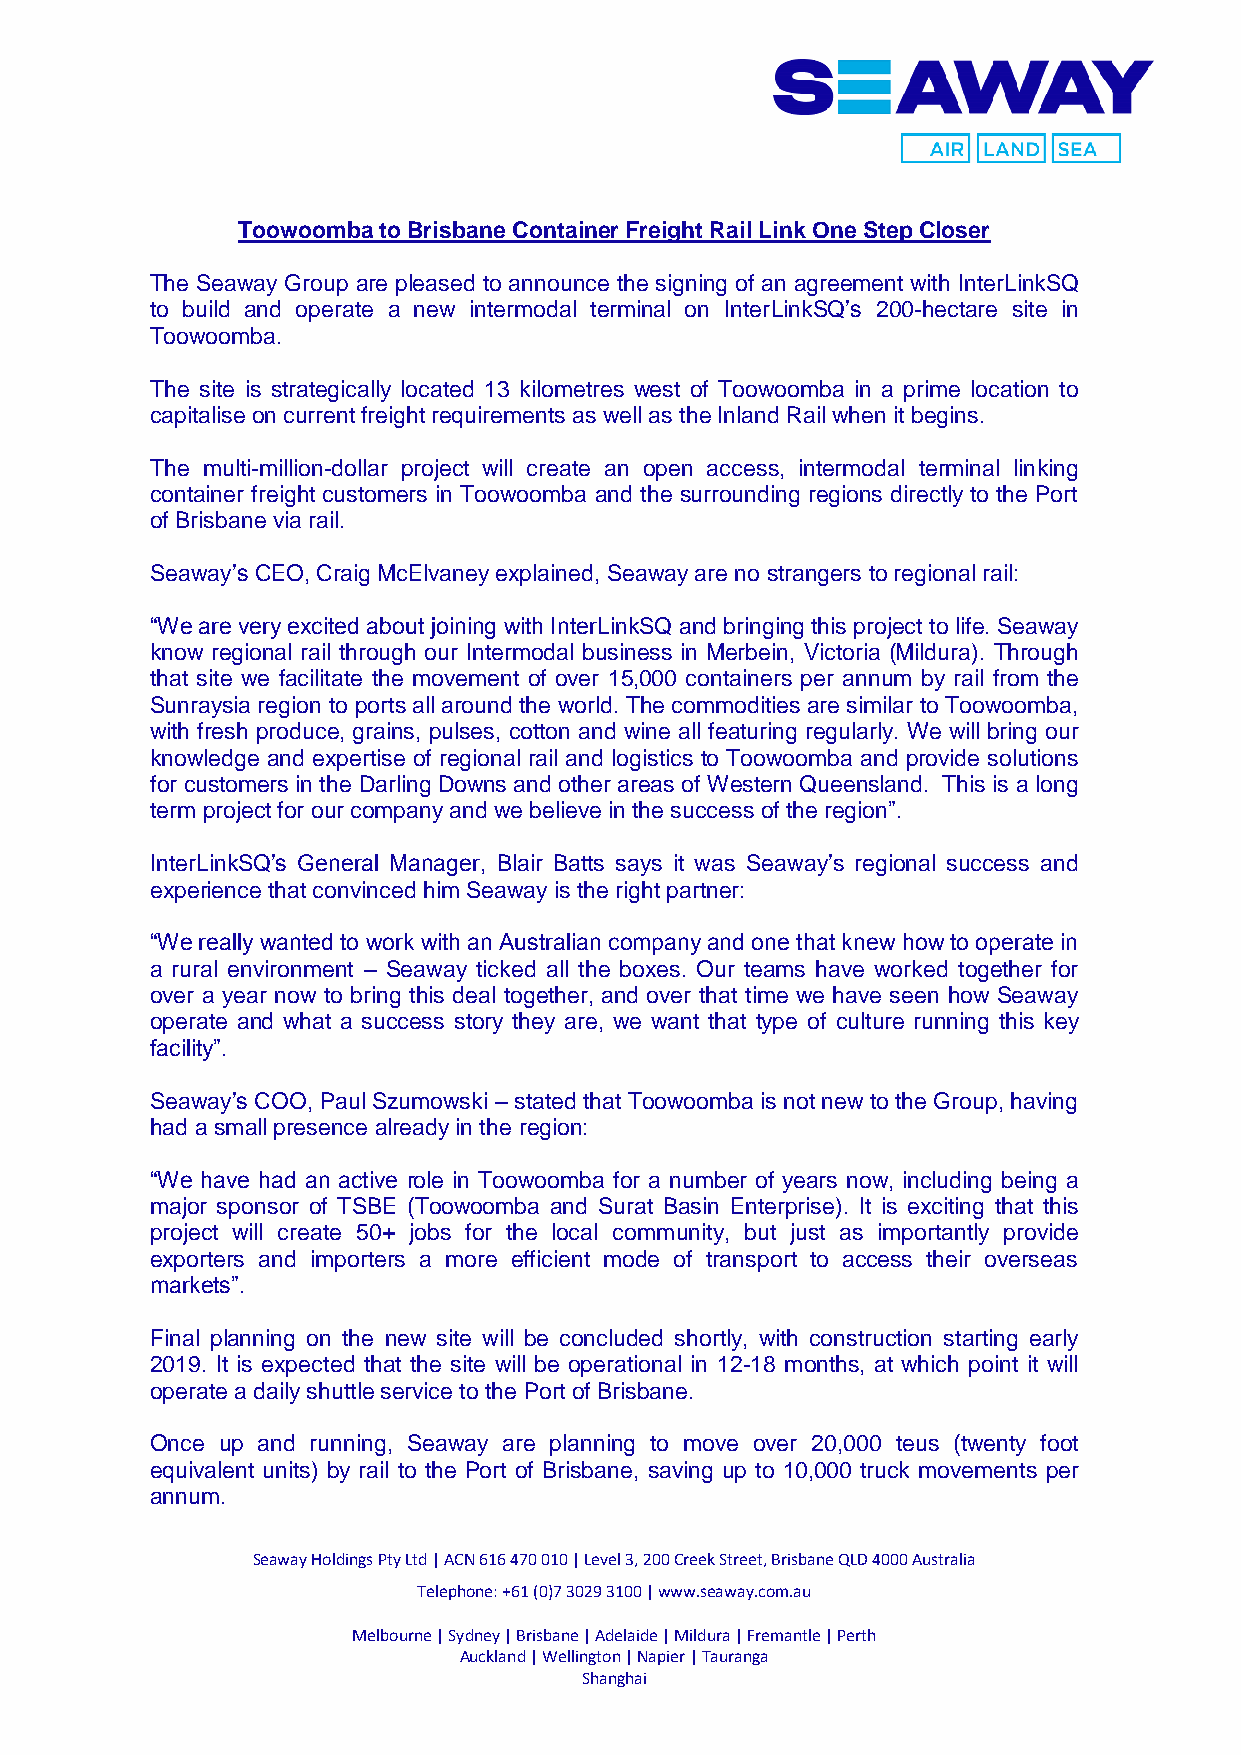
Toowoomba to Brisbane Container Freight Rail Link One Step Closer
 The Seaway Group are pleased to announce the signing of an agreement with InterLinkSQ
 to build and operate a new intermodal terminal on InterLinkSQ’s 200-hectare site in
 Toowoomba.
 The site is strategically located 13 kilometres west of Toowoomba in a prime location to
 capitalise on current freight requirements as well as the Inland Rail when it begins.
 The multi-million-dollar project will create an open access, intermodal terminal linking
 container freight customers in Toowoomba and the surrounding regions directly to the Port
 of Brisbane via rail.
 Seaway’s CEO, Craig McElvaney explained, Seaway are no strangers to regional rail:
 “We are very excited about joining with InterLinkSQ and bringing this project to life. Seaway
 know regional rail through our Intermodal business in Merbein, Victoria (Mildura). Through
 that site we facilitate the movement of over 15,000 containers per annum by rail from the
 Sunraysia region to ports all around the world. The commodities are similar to Toowoomba,
 with fresh produce, grains, pulses, cotton and wine all featuring regularly. We will bring our
 knowledge and expertise of regional rail and logistics to Toowoomba and provide solutions
 for customers in the Darling Downs and other areas of Western Queensland. This is a long
 term project for our company and we believe in the success of the region”.
 InterLinkSQ’s General Manager, Blair Batts says it was Seaway’s regional success and
 experience that convinced him Seaway is the right partner:
 “We really wanted to work with an Australian company and one that knew how to operate in
 a rural environment – Seaway ticked all the boxes. Our teams have worked together for
 over a year now to bring this deal together, and over that time we have seen how Seaway
 operate and what a success story they are, we want that type of culture running this key
 facility”.
 Seaway’s COO, Paul Szumowski – stated that Toowoomba is not new to the Group, having
 had a small presence already in the region:
 “We have had an active role in Toowoomba for a number of years now, including being a
 major sponsor of TSBE (Toowoomba and Surat Basin Enterprise). It is exciting that this
 project will create 50+ jobs for the local community, but just as importantly provide
 exporters and importers a more efficient mode of transport to access their overseas
 markets”.
 Final planning on the new site will be concluded shortly, with construction starting early
 2019. It is expected that the site will be operational in 12-18 months, at which point it will
 operate a daily shuttle service to the Port of Brisbane.
 Once up and running, Seaway are planning to move over 20,000 teus (twenty foot
 equivalent units) by rail to the Port of Brisbane, saving up to 10,000 truck movements per
 annum.
 Seaway Holdings Pty Ltd | ACN 616 470 010 | Level 3, 200 Creek Street, Brisbane QLD 4000 Australia
 Telephone: +61 (0)7 3029 3100 | www.seaway.com.au
 Melbourne | Sydney | Brisbane | Adelaide | Mildura | Fremantle | Perth
 Auckland | Wellington | Napier | Tauranga
 Shanghai